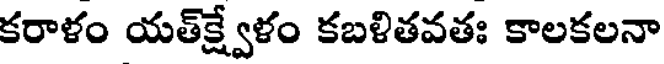
కరాళం యత్క్ష్వేళం కబళితవతః కాలకలనా